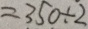
= 3 5 0 \div 2